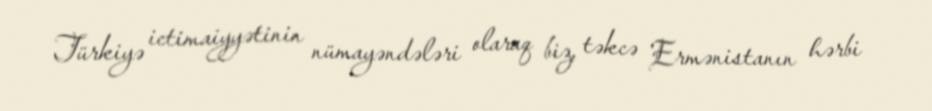
Türkiyə ictimaiyyətinin nümayəndələri olaraq biz, təkcə Ermənistanın hərbi